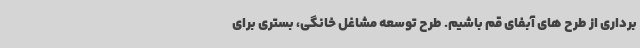
برداری از طرح های آبفای قم باشیم. طرح توسعه مشاغل خانگی، بستری برای